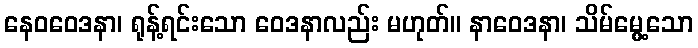
နေဝဝေဒနာ၊ ရုန့်ရင်းသော ဝေဒနာလည်း မဟုတ်။ နာဝေဒနာ၊ သိမ်မွေ့သော